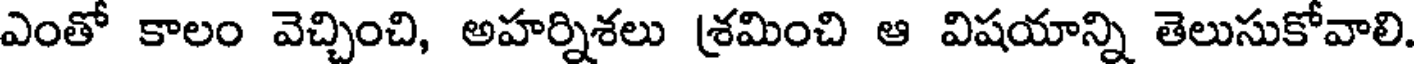
ఎంతో కాలం వెచ్చించి, అహర్నిశలు శ్రమించి ఆ విషయాన్ని తెలుసుకోవాలి.